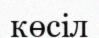
көсіл